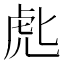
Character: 𰲘